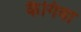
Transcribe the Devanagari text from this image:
कैगिवा